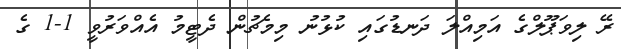
ރޭ ލިވަޕޫލްގެ އަމިއްލަ ދަނޑުގައި ކުޅުނު މިމެޗުން ދެޓީމު އެއްވަރުވީ 1-1 ގެ